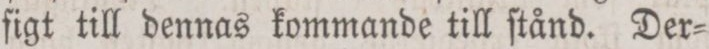
figt till dennas kommande till ſtånd. Der=